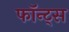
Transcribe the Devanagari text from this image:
फॉन्ट्‌स